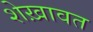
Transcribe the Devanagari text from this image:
शेख़ावत